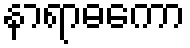
နာရာဓကော